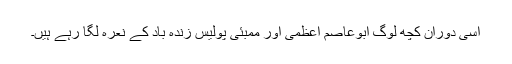
اسی دوران کچھ لوگ ابوعاصم اعظمی اور ممبئی پولیس زندہ باد کے نعرہ لگا رہے ہیں۔